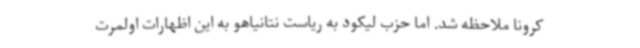
کرونا ملاحظه شد. اما حزب لیکود به ریاست نتانیاهو به این اظهارات اولمرت